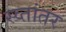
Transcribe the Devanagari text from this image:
स्व्तांतर